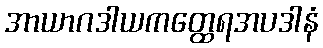
အာယာဂဒါယကတ္ထေရအပဒါနံ